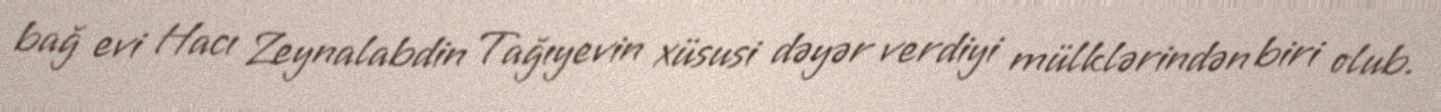
bağ evi Hacı Zeynalabdin Tağıyevin xüsusi dəyər verdiyi mülklərindən biri olub.